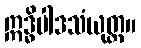
ဣဒ္ဓိပါဒသံယုတ္တ။